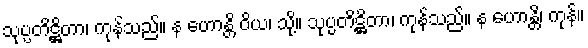
သုပ္ပတိဋ္ဌိတာ၊ ကုန်သည်။ န ဟောန္တိ ဝိယ၊ သို့။ သုပ္ပတိဋ္ဌိတာ၊ ကုန်သည်။ န ဟောန္တိ၊ ကုန်။